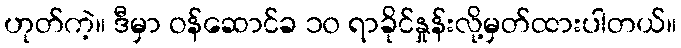
ဟုတ်ကဲ့။ ဒီမှာ ဝန်ဆောင်ခ ၁၀ ရာခိုင်နှုန်းလို့မှတ်ထားပါတယ်။